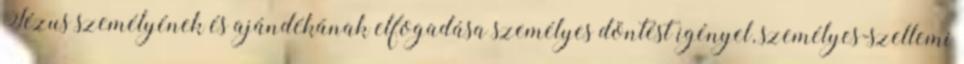
Jézus személyének és ajándékának elfogadása személyes döntést igényel, személyes-szellemi